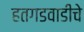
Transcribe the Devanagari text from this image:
हतगडवाडीचे